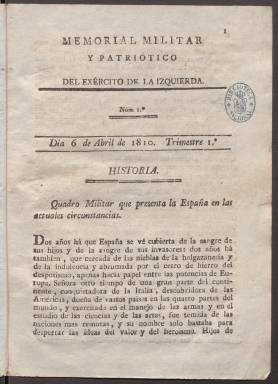
Título: Memorial militar y patriótico del Exército de la Izquierda
Otros títulos: Memorial militar y patriótico del Ejército de la Izquierda
Colección: Periódicos anteriores a 1850
Ámbito geográfico: Badajoz
Lugar de publicación: Badajoz
Fechas: 06/04/1810-20/11/1810